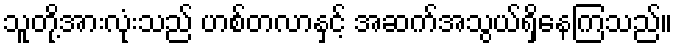
သူတို့အားလုံးသည် ဟစ်တလာနှင့် အဆက်အသွယ်ရှိနေကြသည်။